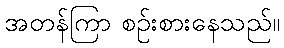
အတန်ကြာ စဉ်းစားနေသည်။